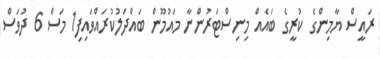
ރައީސް ޔާމިންގެ ކުރީގެ ބައެއް މިނިސްޓަރުންނާ މައުމޫން ބައްދަލުކުރައްވައިފި1 މަސް 6 ދުވަސް